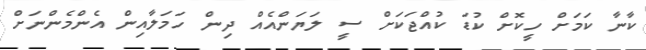
ކާނާ ކަމަށް ހީކޮށް ކުޑަ ކުއްޖަކަށް ސީ ލަޔަންއެއް ދިން ހަމަލާއިން އެންމެންނަށް